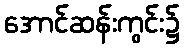
အောင်ဆန်းကွင်း၌